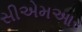
સીએમઆર